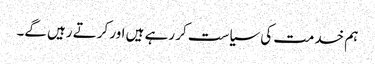
ہم خدمت کی سیاست کر رہے ہیں اور کرتے رہیں گے۔